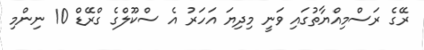
ރޭގެ ރަސްމިއްޔާތުގައި ވަނީ މިދިޔަ އަހަރު އެ ސްކޫލްގެ ގްރޭޑް 10 ނިންމި